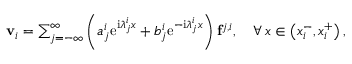
\begin{array} { r } { \mathbf { v } _ { i } = \sum _ { j = - \infty } ^ { \infty } \left( a _ { j } ^ { i } \mathrm { e } ^ { \mathrm { i } \lambda _ { j } ^ { i } x } + b _ { j } ^ { i } \mathrm { e } ^ { - \mathrm { i } \lambda _ { j } ^ { i } x } \right) \mathbf { f } ^ { j , i } , \quad \forall \, x \in \left( x _ { i } ^ { - } , x _ { i } ^ { + } \right) , } \end{array}